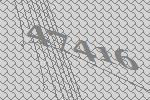
47416